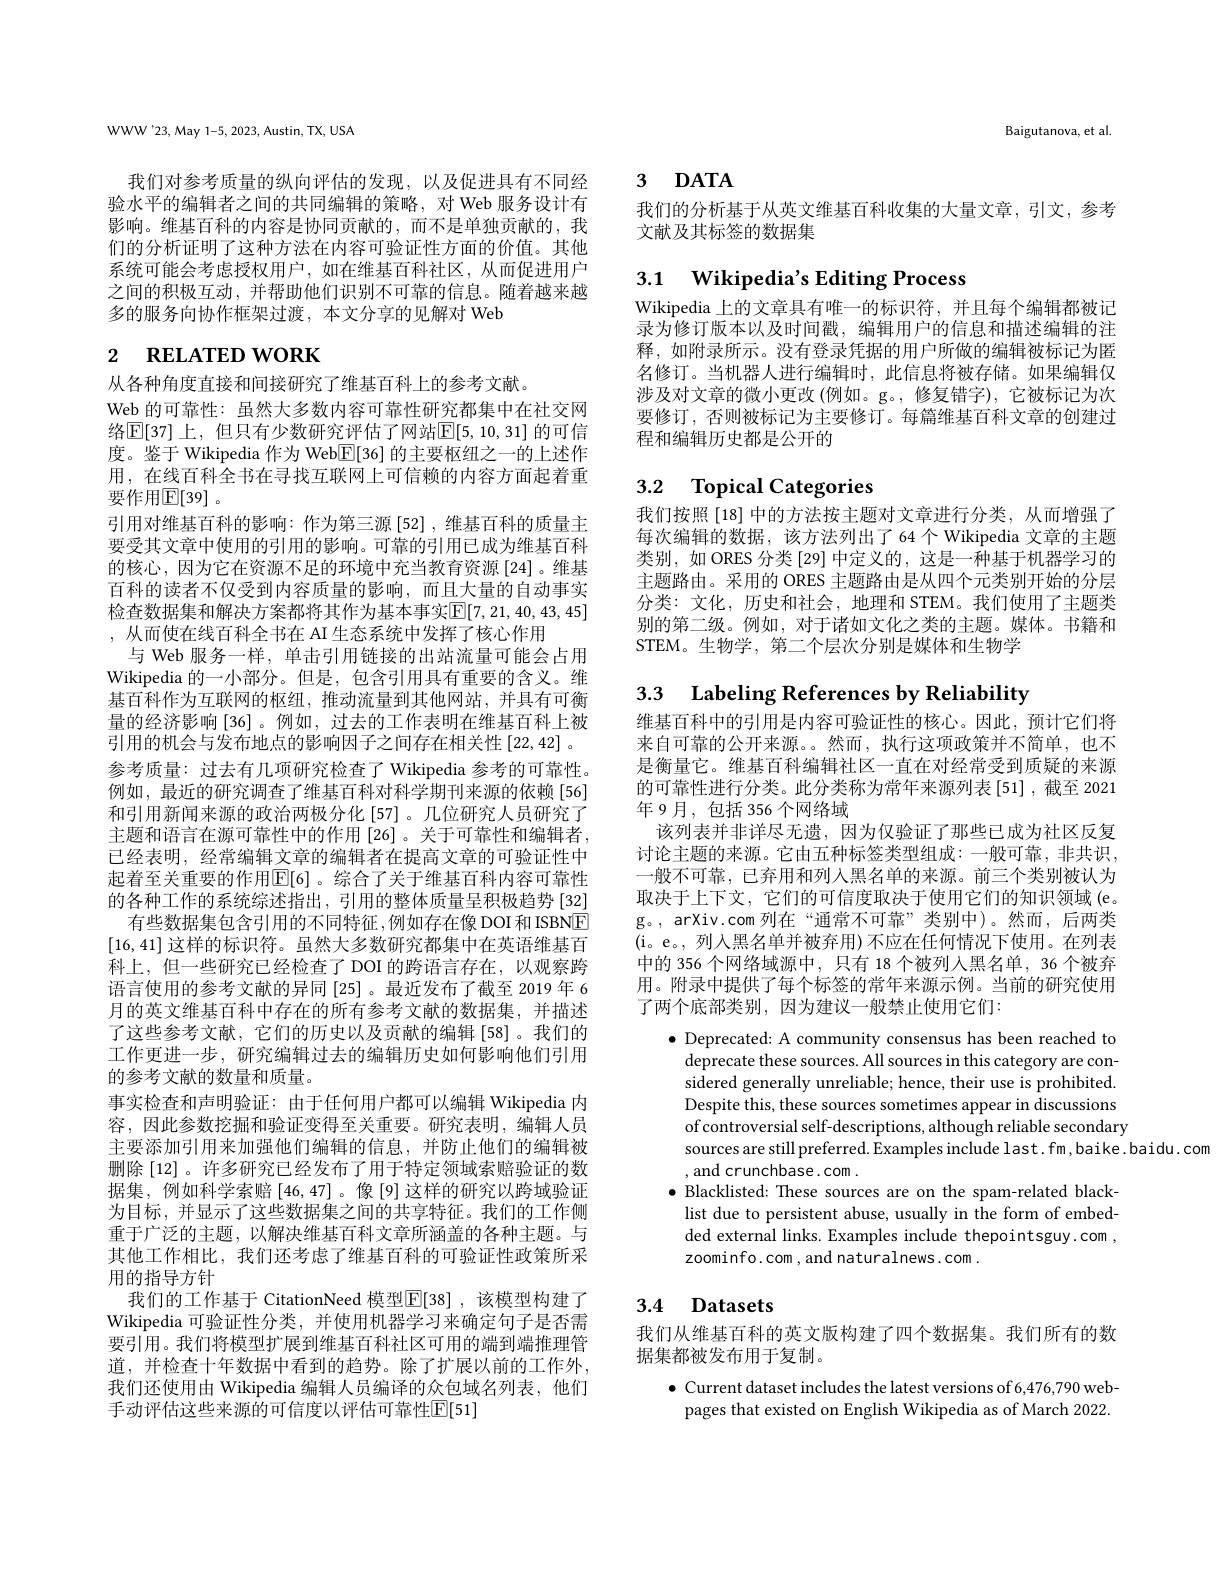
WWW'23, May 1-5, 2023, Austin, TX, USA

我们对参考质量的纵向评估的发现，以及促进具有不同经验水平的编辑者之间的共同编辑的策略，对 Web 服务设计有影响。维基百科的内容是协同贡献的，而不是单独贡献的，我们的分析证明了这种方法在内容可验证性方面的价值。其他系统可能会考虑授权用户，如在维基百科社区，从而促进用户之间的积极互动，并帮助他们识别不可靠的信息。随着越来越多的服务向协作框架过渡，本文分享的见解对 Web

# 2 RELATED WORK

从各种角度直接和间接研究了维基百科上的参考文献。
Web 的可靠性：虽然大多数内容可靠性研究都集中在社交网络$\mathbb{E}[37]$ 上，但只有少数研究评估了网站$\mathbb{E}[5,10,31]$ 的可信度。鉴于 Wikipedia 作为 Web$\overline{\mathbb{E}}[36]$的主要枢纽之一的上述作用，在线百科全书在寻找互联网上可信赖的内容方面起着重要作用$\mathbb{E}[39]$。
引用对维基百科的影响：作为第三源[52],维基百科的质量主要受其文章中使用的引用的影响。可靠的引用已成为维基百科的核心，因为它在资源不足的环境中充当教育资源[24]。维基百科的读者不仅受到内容质量的影响，而且大量的自动事实检查数据集和解决方案都将其作为基本事实$\mathbb{E}[7,21,40,43,45]$ ,从而使在线百科全书在 AI 生态系统中发挥了核心作用
与 Web 服务一样，单击引用链接的出站流量可能会占用Wikipedia 的一小部分。但是，包含引用具有重要的含义。维基百科作为互联网的枢纽，推动流量到其他网站，并具有可衡量的经济影响[36]。例如，过去的工作表明在维基百科上被引用的机会与发布地点的影响因子之间存在相关性[22,42] 。参考质量：过去有几项研究检查了 Wikipedia 参考的可靠性。例如，最近的研究调查了维基百科对科学期刊来源的依赖[56] 和引用新闻来源的政治两极分化[57]。几位研究人员研究了主题和语言在源可靠性中的作用[26]。关于可靠性和编辑者， 已经表明，经常编辑文章的编辑者在提高文章的可验证性中起着至关重要的作用$\overline{\mathbb{E}}[6]$。综合了关于维基百科内容可靠性的各种工作的系统综述指出，引用的整体质量呈积极趋势[32]
有些数据集包含引用的不同特征，例如存在像 DOI 和 ISBNE [16,41]这样的标识符。虽然大多数研究都集中在英语维基百科上，但一些研究已经检查了 DOI 的跨语言存在，以观察跨语言使用的参考文献的异同[25] 。最近发布了截至 2019 年 6月的英文维基百科中存在的所有参考文献的数据集，并描述了这些参考文献，它们的历史以及贡献的编辑[58]。我们的工作更进一步，研究编辑过去的编辑历史如何影响他们引用的参考文献的数量和质量。
事实检查和声明验证：由于任何用户都可以编辑 Wikipedia 内容，因此参数挖掘和验证变得至关重要。研究表明，编辑人员主要添加引用来加强他们编辑的信息，并防止他们的编辑被删除 [12]。许多研究已经发布了用于特定领域索赔验证的数据集，例如科学索赔$\left[46,47\right]$。像[9]这样的研究以跨域验证为目标，并显示了这些数据集之间的共享特征。我们的工作侧重于广泛的主题，以解决维基百科文章所涵盖的各种主题。与其他工作相比，我们还考虑了维基百科的可验证性政策所采用的指导方针
我们的工作基于 CitationNeed 模型$\mathbb{E}[38]$ ,该模型构建了Wikipedia 可验证性分类，并使用机器学习来确定句子是否需要引用。我们将模型扩展到维基百科社区可用的端到端推理管道，并检查十年数据中看到的趋势。除了扩展以前的工作外， 我们还使用由 Wikipedia 编辑人员编译的众包域名列表，他们手动评估这些来源的可信度以评估可靠性$\overline{\mathbb{E}}[51]$

Baigutanova, et al

# 3 $\mathbf{DATA}$

我们的分析基于从英文维基百科收集的大量文章，引文，参考
文献及其标签的数据集

# 3.1 Wikipedia's Editing Process

Wikipedia 上的文章具有唯一的标识符，并且每个编辑都被记录为修订版本以及时间戳，编辑用户的信息和描述编辑的注释，如附录所示。没有登录凭据的用户所做的编辑被标记为匿名修订。当机器人进行编辑时，此信息将被存储。如果编辑仅涉及对文章的微小更改 (例如。g。,修复错字),它被标记为次要修订，否则被标记为主要修订。每篇维基百科文章的创建过程和编辑历史都是公开的

# 3.2 Topical Categories

我们按照[18]中的方法按主题对文章进行分类，从而增强了每次编辑的数据，该方法列出了64个Wikipedia 文章的主题类别，如 ORES 分类[29] 中定义的，这是一种基于机器学习的主题路由。采用的 ORES 主题路由是从四个元类别开始的分层分类：文化，历史和社会，地理和 STEM。我们使用了主题类别的第二级。例如，对于诸如文化之类的主题。媒体。书籍和STEM。生物学，第二个层次分别是媒体和生物学

3.3 Labeling References by Reliability

维基百科中的引用是内容可验证性的核心。因此，预计它们将来自可靠的公开来源。。然而，执行这项政策并不简单，也不是衡量它。维基百科编辑社区一直在对经常受到质疑的来源的可靠性进行分类。此分类称为常年来源列表[51],截至 2021年9月，包括356个网络域
该列表并非详尽无遗，因为仅验证了那些已成为社区反复讨论主题的来源。它由五种标签类型组成：一般可靠，非共识， 一般不可靠，已弃用和列入黑名单的来源。前三个类别被认为取决于上下文，它们的可信度取决于使用它们的知识领域 (e。g。, arXiv.com 列在“通常不可靠”类别中)。然而，后两类(i。e。, 列人黑名单并被弃用)不应在任何情况下使用。在列表中的 356 个网络域源中，只有 18 个被列入黑名单，36 个被弃用。附录中提供了每个标签的常年来源示例。当前的研究使用了两个底部类别，因为建议一般禁止使用它们：

$\bullet$ Deprecated: A community consensus has been reached to
deprecate these sources. All sources in this category are considered generally unreliable; hence, their use is prohibited. Despite this, these sources sometimes appear in discussions of controversial self-descriptions, although reliable secondary sources are still preferred. Examples include last. fm, baike. baidu. com
, and crunchbase. com .
$\bullet$ Blacklisted: These sources are on the spam-related black-
list due to persistent abuse, usually in the form of embedded external links. Examples include thepointsguy.com , zoominfo.com , and naturalnews. com .

# 3.4 Datasets

我们从维基百科的英文版构建了四个数据集。我们所有的数
据集都被发布用于复制。

$\bullet$ Current dataset includes the latest versions of 6,476,790 web-
pages that existed on English Wikipedia as of March 2022.